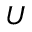
U